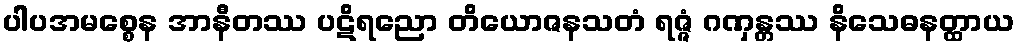
ပါပအမစ္စေန အာနီတဿ ပဋိရညော တိယောဇနသတံ ရဇ္ဇံ ဂဏှန္တဿ နိသေဓနတ္ထာယ